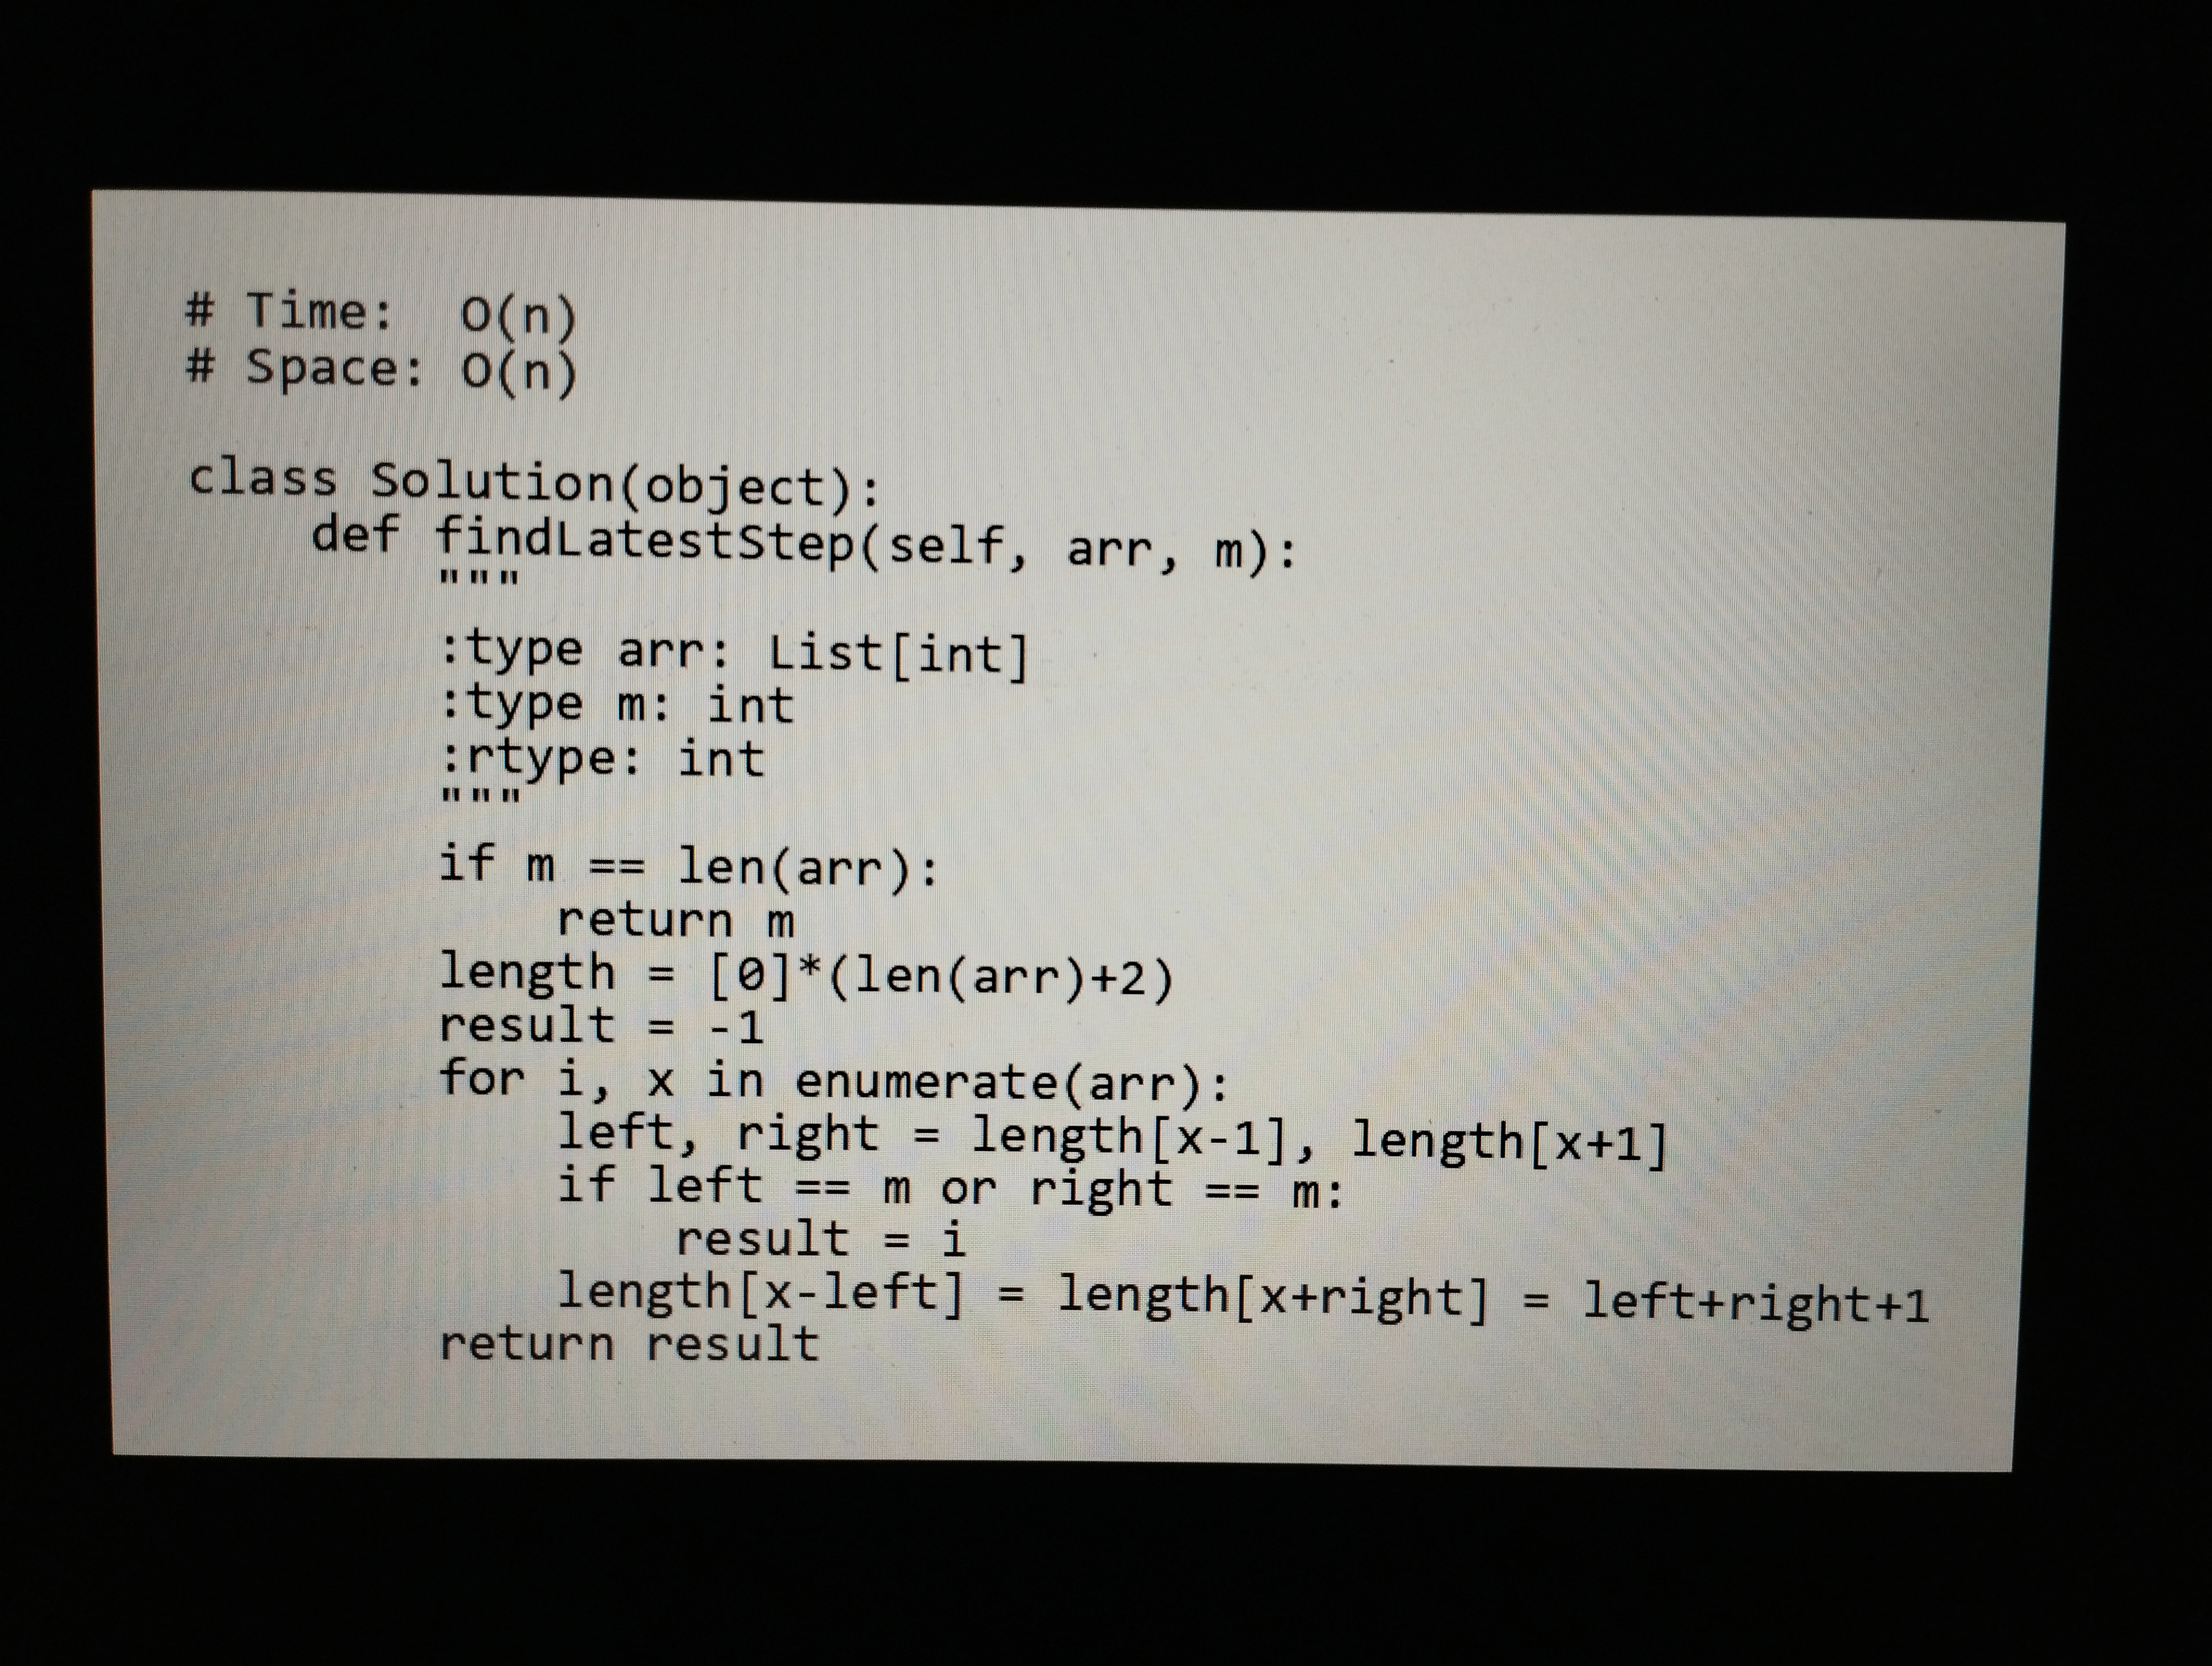
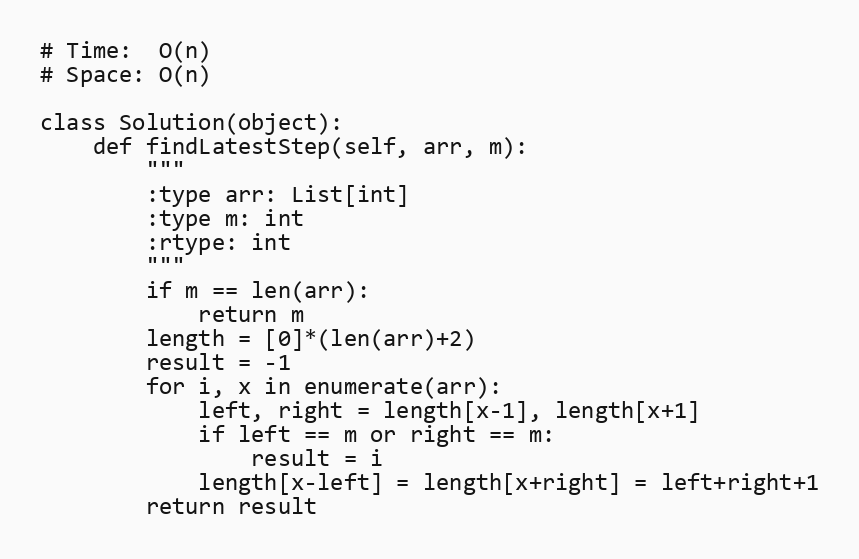
# Time:  O(n)
# Space: O(n)

class Solution(object):
    def findLatestStep(self, arr, m):
        """
        :type arr: List[int]
        :type m: int
        :rtype: int
        """
        if m == len(arr):
            return m
        length = [0]*(len(arr)+2)
        result = -1
        for i, x in enumerate(arr):
            left, right = length[x-1], length[x+1]
            if left == m or right == m:
                result = i
            length[x-left] = length[x+right] = left+right+1
        return result